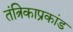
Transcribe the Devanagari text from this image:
तंत्रिकाप्रकांड